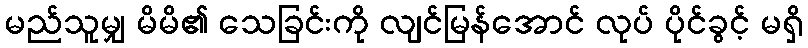
မည်သူမျှ မိမိ၏ သေခြင်းကို လျင်မြန်အောင် လုပ် ပိုင်ခွင့် မရှိ